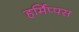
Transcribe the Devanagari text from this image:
हर्मिप्पस